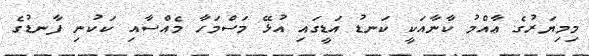
މިމިޔަރުގެ ޢާއްމު ކާނާއަކީ ކަނޑު އަޑީގައި އުޅޭ މަސްމަހާ މެއްސާއި ކަކުނި ފާނޑުގެ